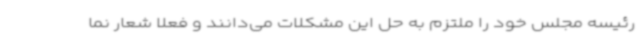
رئیسه مجلس خود را ملتزم به حل این مشکلات می‌دانند و فعلا شعار نما